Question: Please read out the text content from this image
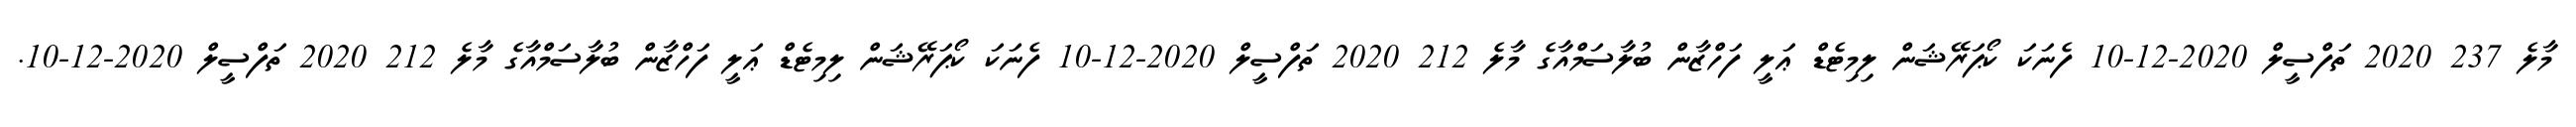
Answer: މާލެ 237 2020 ތަފްސީލް 2020-12-10 ފެނަކަ ކޯޕަރޭޝަން ލިމިޓެޑް ޢަލީ ފަހްޒާން ބުލާސަމްއާގެ މާލެ 212 2020 ތަފްސީލް 2020-12-10 ފެނަކަ ކޯޕަރޭޝަން ލިމިޓެޑް ޢަލީ ފަހްޒާން ބުލާސަމްއާގެ މާލެ 212 2020 ތަފްސީލް 2020-12-10.